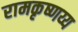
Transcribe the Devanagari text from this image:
रामकृष्णय्य